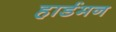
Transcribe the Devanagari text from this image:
हार्डमन